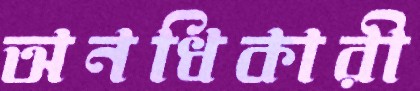
অনধিকারী